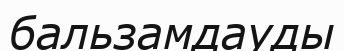
бальзамдауды